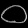
Digit: ၀